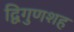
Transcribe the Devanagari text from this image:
द्विगुणशह